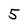
Character: 5